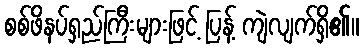
စစ်ဖိနပ်ရှည်ကြီးများဖြင့် ပြန့် ကျဲလျက်ရှိ၏။